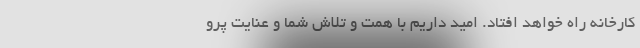
کارخانه راه خواهد افتاد. امید داریم با همت و تلاش شما و عنایت پرو